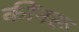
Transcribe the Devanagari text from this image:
कींनरू